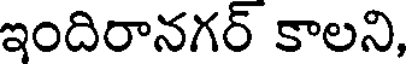
ఇందిరానగర్ కాలని,